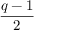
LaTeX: \frac { q - 1 } { 2 }